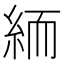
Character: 𥿶